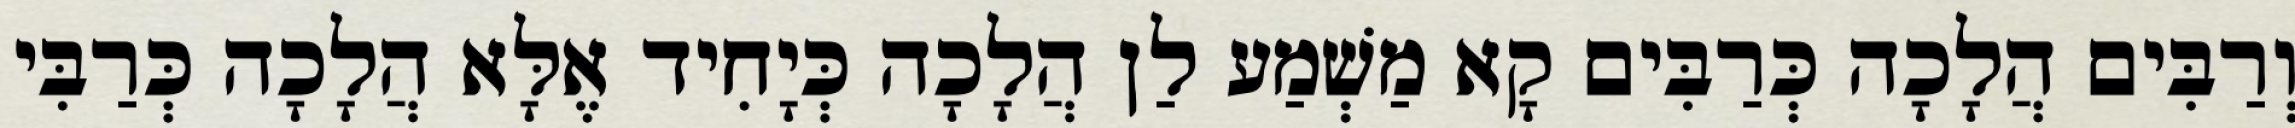
וְרַבִּים הֲלָכָה כְּרַבִּים קָא מַשְׁמַע לַן הֲלָכָה כְּיָחִיד אֶלָּא הֲלָכָה כְּרַבִּי